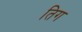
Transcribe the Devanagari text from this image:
तिग